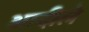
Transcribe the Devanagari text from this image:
आदीले